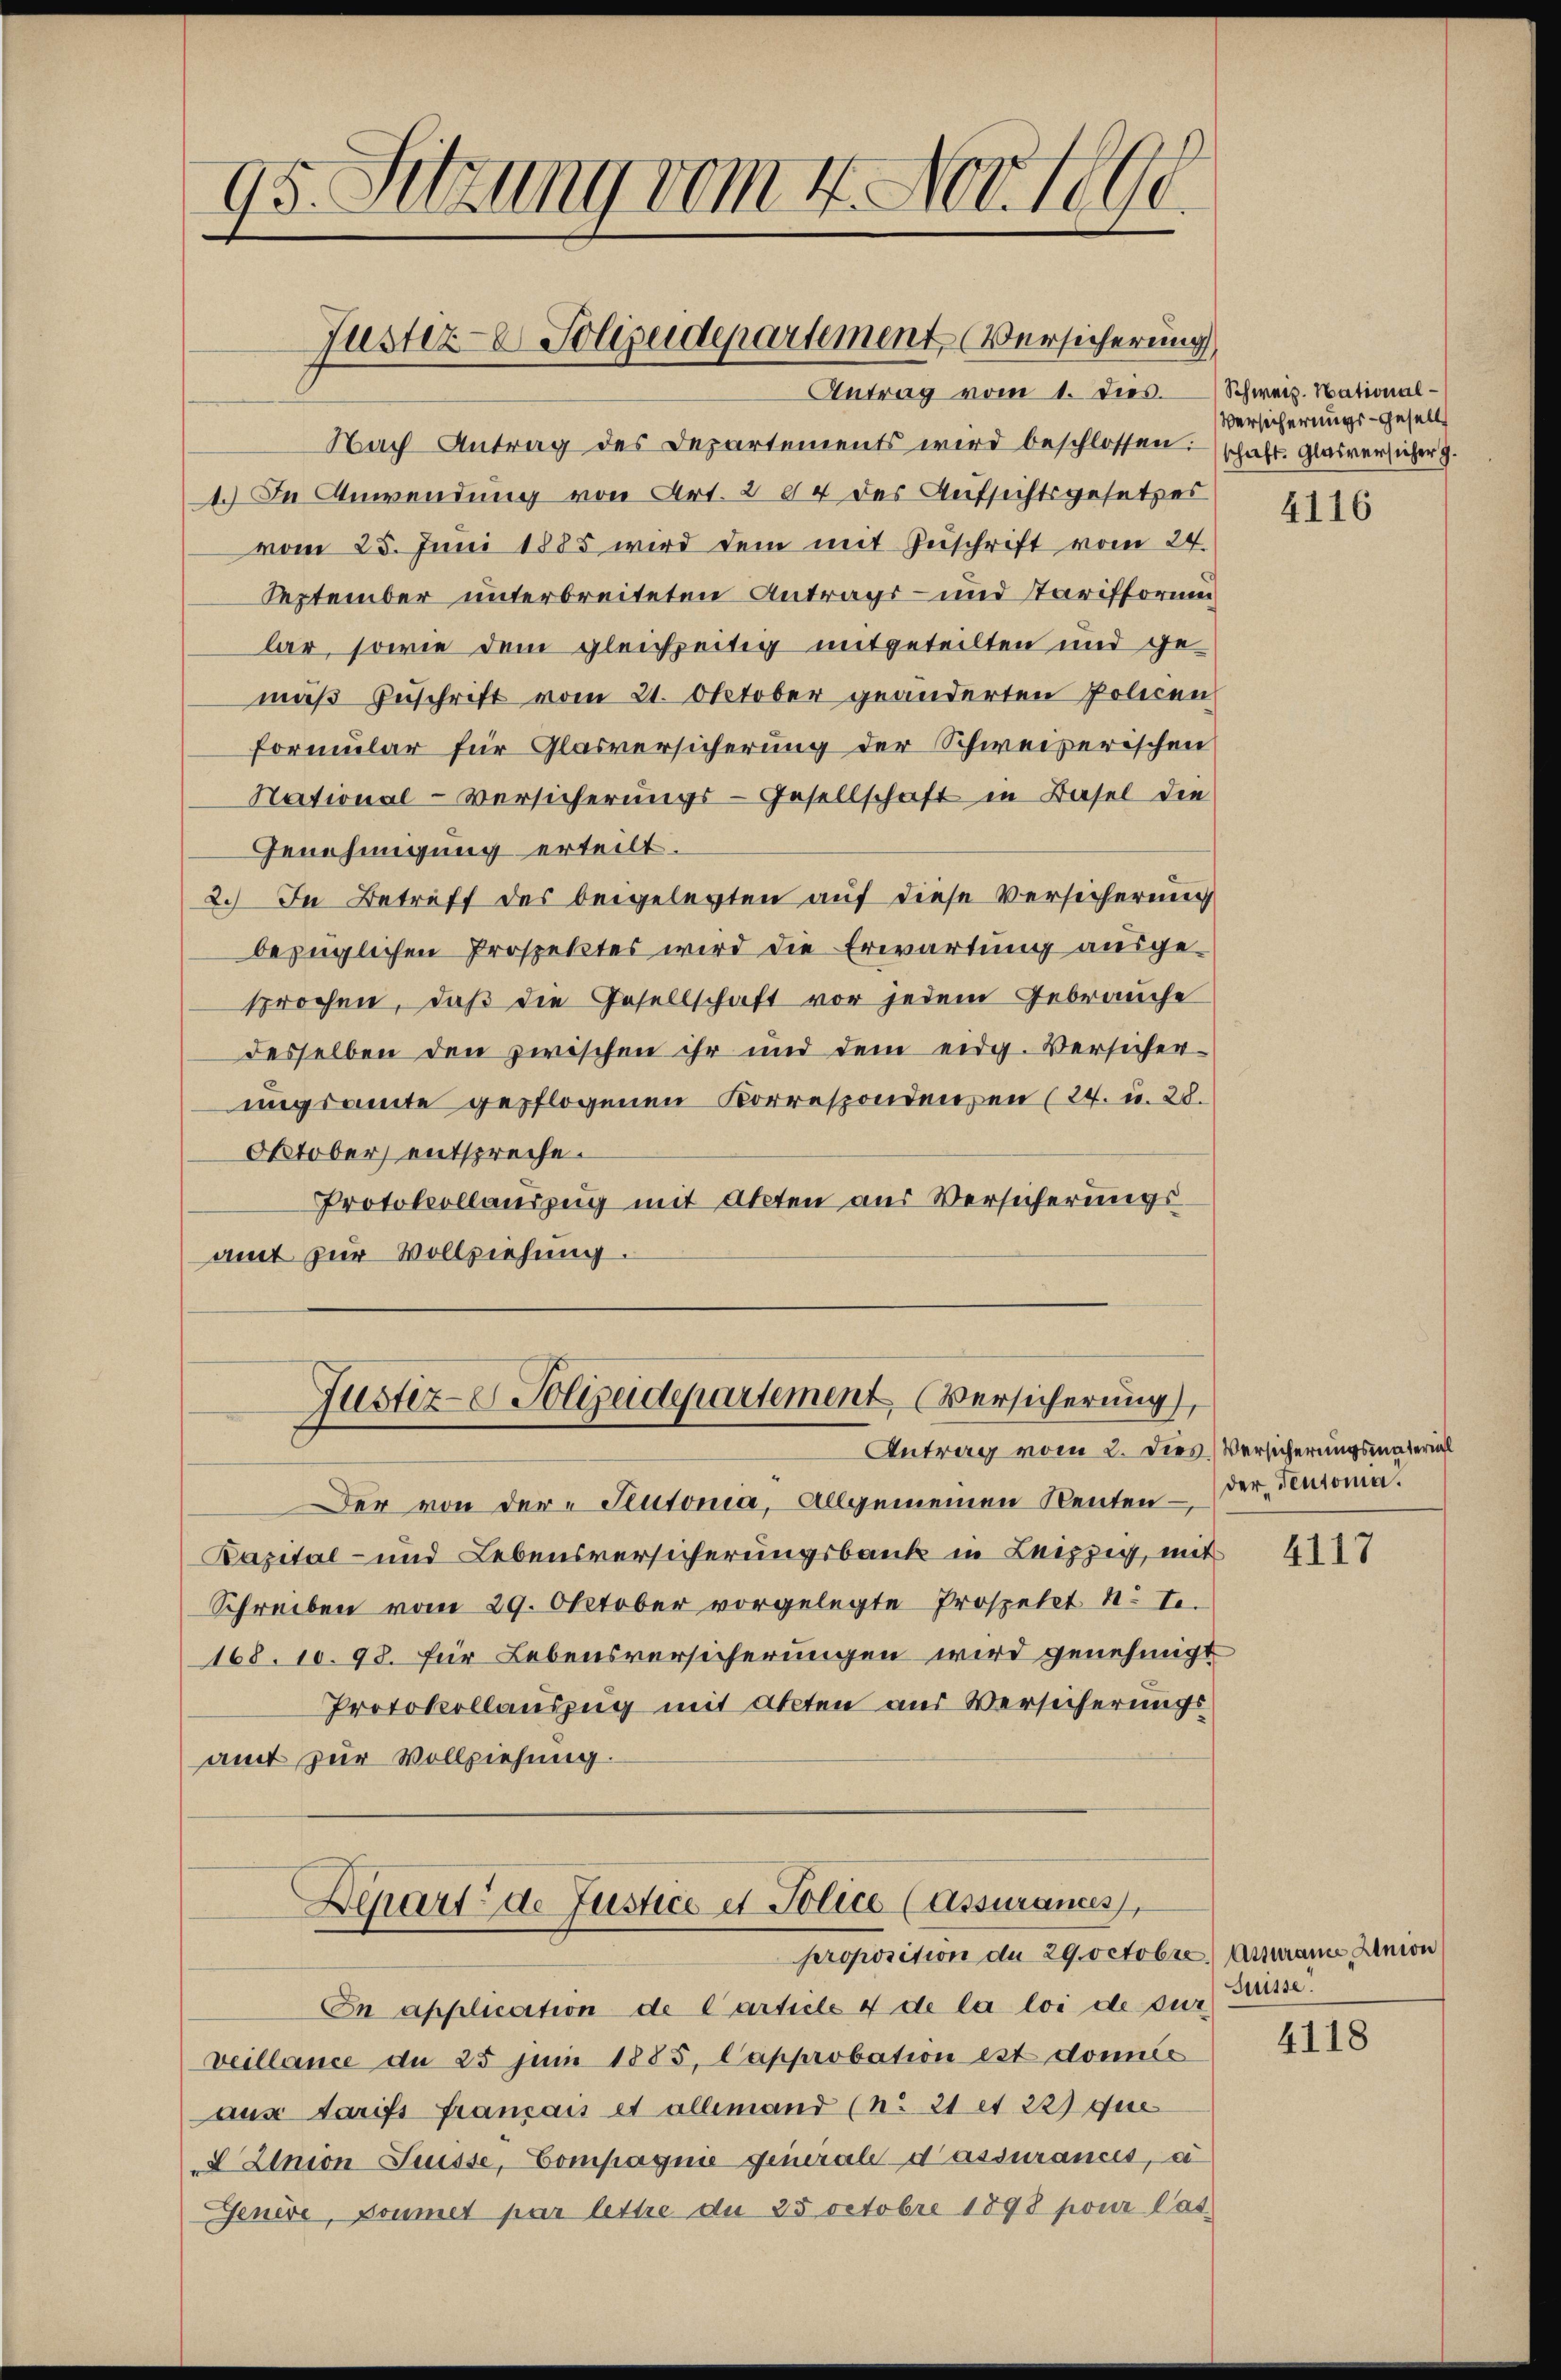
95. Sitzung vom 4. Nov. 1890

Justiz- Polizeidepartement Versicherung
Antrag vom 1. dies. Schweiz. National¬

Nach Antrag des Departements wird beschlossen:
1.) In Anwendung von Art. 204 des Aufsichtsgesetzes
vom 25. Juni 1885 wird dem mit Zuschrift vom 24.
September unterbreiteten Antrags- und Tarifformenlar, sowie dem gleichzeitig mitgeteilten und gemäß Zuschrift vom 21. Oktober geänderten Policen
Formular für Glasversicherung der Schweizerischen
National-Versicherungs-Gesellschaft in Basel die
Genehmigung erteilt.
2.) In Betreff des beigelegten auf diese Versicherung
bezüglichen Prospektes wird die Erwartung ausge-
sprochen, daß die Gesellschaft vor jedem Gebrauche
desselben den zwischen ihr und dem eidg. Versicher-
ungsamte gepflogenen Korrespondenzen (24. u. 28.
Oktober entspreche.
Protokollauszug mit Akten aus Versicherungsamt zur Vollziehung.
Justiz- Polizeidepartement Versicherung,
Antrag vom 2. Dies Versicherungsmaterial
Der von der Teutonia, allgemeinen Renten –
Bapital- und Lebensversicherungsbank in Leipzig, mit
Schreiben vom 29. Oktober vorgelegte Prospekt N. T.
168. 10. 98. für Lebensversicherungen wird genehmigt
Protokollauszug mit Acten aus Versicherungs
amt zur Vollziehung.

Depart de Justice et Police (Assurances,
proposition de 29. Octobre.) Antrain Union

In application de Carticle 4 de la loi de der Suisse.
veillance de 25 Juni 1885, Capprobation est donnés
aus Tarifs français et allemand (nr 21 et 22) que
2 Union Suisse, Compagnie generale d’assurances, u
Jenere, Goumet par lettre du 25 Octobre 1898 pour lat.

Versicherungs-Gesell
schaft. Glasversicher g

4116

der Teutoma.

4117

4118